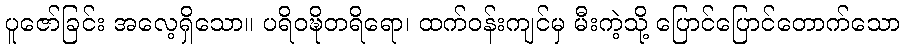
ပူဇော်ခြင်း အလေ့ရှိသော။ ပရိဝဍ္ဎိတရိရော၊ ထက်ဝန်းကျင်မှ မီးကဲ့သို့ ပြောင်ပြောင်တောက်သော